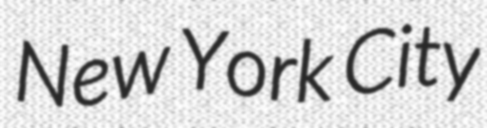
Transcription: New York City